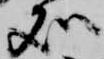
処